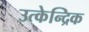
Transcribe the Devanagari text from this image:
उत्केन्द्रिक